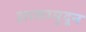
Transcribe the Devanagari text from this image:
आलामूदून